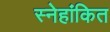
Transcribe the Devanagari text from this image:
स्नेहांकित